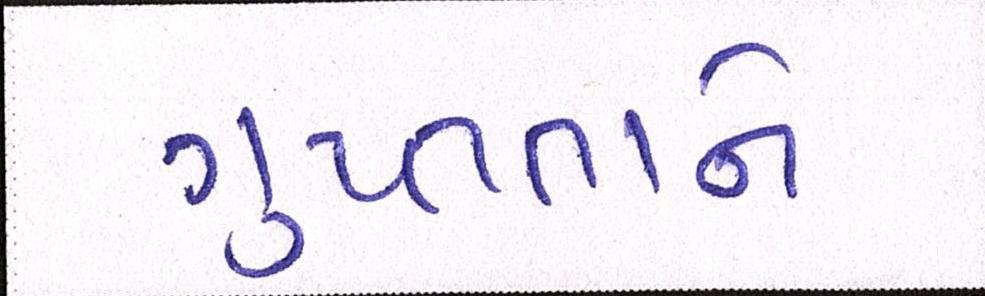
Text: ગુપ્તતાને